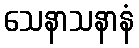
သေနာသနာနံ